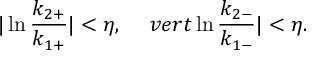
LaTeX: \vert \ln { \frac { k _ { 2 + } } { k _ { 1 + } } } \vert < \eta , \ \ \ \, v e r t \ln { \frac { k _ { 2 - } } { k _ { 1 - } } } \vert < \eta .